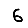
Digit: 6